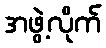
အဖွဲ့လိုက်